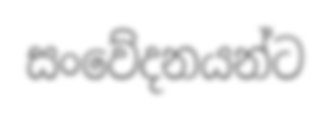
සංවේදනයන්ට